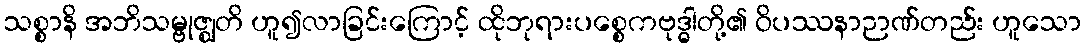
သစ္စာနိ အဘိသမ္ဗုဇ္ဈတိ ဟူ၍လာခြင်းကြောင့် ထိုဘုရားပစ္စေကဗုဒ္ဓါတို့၏ ဝိပဿနာဉာဏ်တည်း ဟူသော